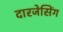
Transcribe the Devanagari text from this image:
दारजेसिंग